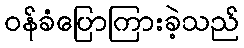
ဝန်ခံပြောကြားခဲ့သည်